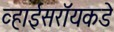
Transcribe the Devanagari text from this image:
व्हाईसरॉयकडे